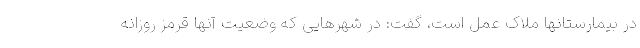
در بیمارستانها ملاک عمل است، گفت: در شهرهایی که وضعیت آنها قرمز روزانه